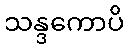
သန္ဒကောပိ